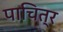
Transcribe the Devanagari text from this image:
पाचित्र